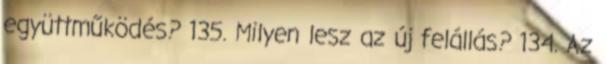
együttműködés? 135. Milyen lesz az új felállás? 134. Az